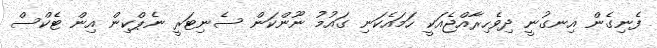
ފެނިގެން އިނގުނީ ދިވެހިރާއްޖެއަކީ ހަމައެކަނި ގައުމު ނޫންކަން ސެނިޓަރީ ނެޕްކިން އިން ޓެކްސް